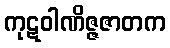
ကုဋဝါဏိဇ္ဇဇာတက